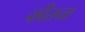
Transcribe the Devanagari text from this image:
कीतना